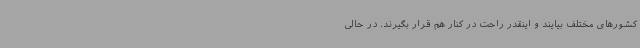
کشورهای مختلف بیایند و اینقدر راحت در کنار هم قرار بگیرند. در حالی